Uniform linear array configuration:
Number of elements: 8
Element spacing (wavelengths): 0.5
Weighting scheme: uniform
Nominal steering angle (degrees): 0
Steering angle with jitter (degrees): -1.495
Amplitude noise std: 0.05
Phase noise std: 0.05

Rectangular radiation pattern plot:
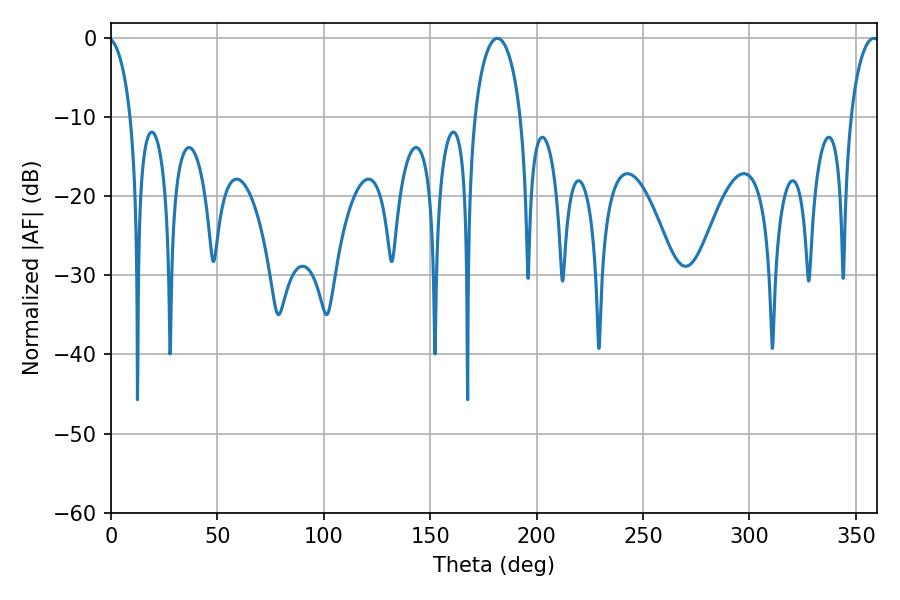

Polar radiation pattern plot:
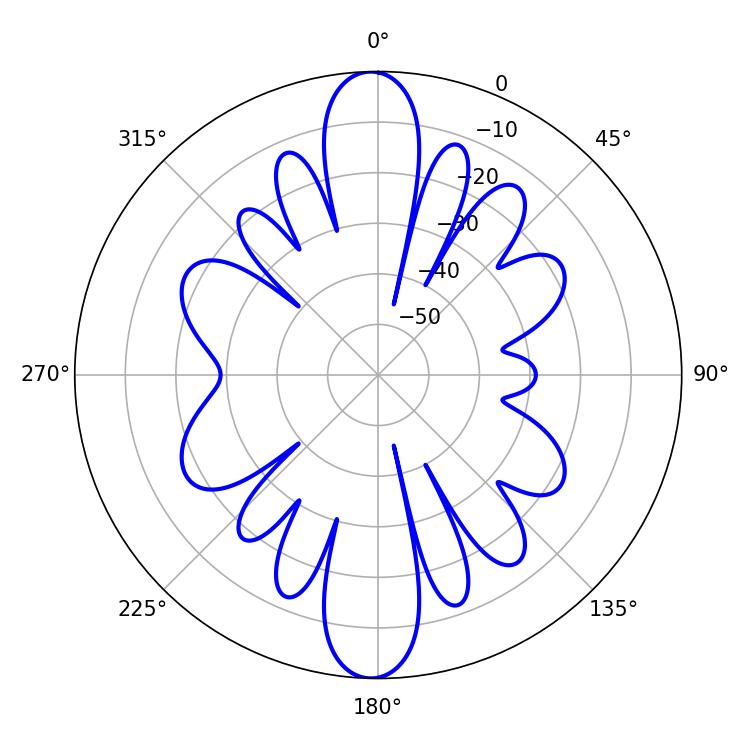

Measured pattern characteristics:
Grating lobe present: FALSE
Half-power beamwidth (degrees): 12.42
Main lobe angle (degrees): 181.62